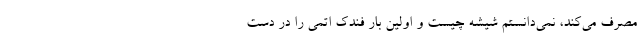
مصرف می‌کند، نمی‌دانستم شیشه چیست و اولین بار فندک اتمی را در دست